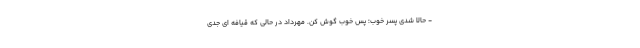
- حالا شدی پسر خوب؛ پس خوب گوش کن. مهرداد در حالی که قیافه­ ای جدی